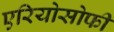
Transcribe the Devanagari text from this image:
एरियोसोफी